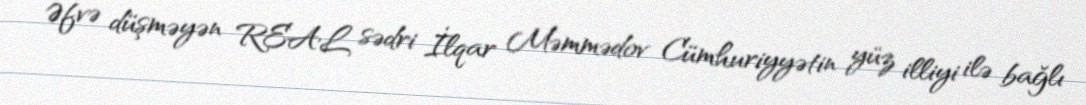
Əfvə düşməyən REAL sədri İlqar Məmmədov Cümhuriyyətin yüz illiyi ilə bağlı